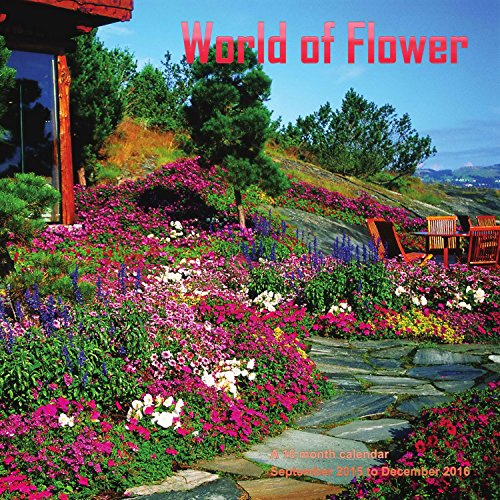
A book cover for World of Flowers Calendar - 2016 Wall calendars - Garden Calendars - Flower Calendar - Monthly Wall Calendar by Magnum; MegaCalendars; Calendars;